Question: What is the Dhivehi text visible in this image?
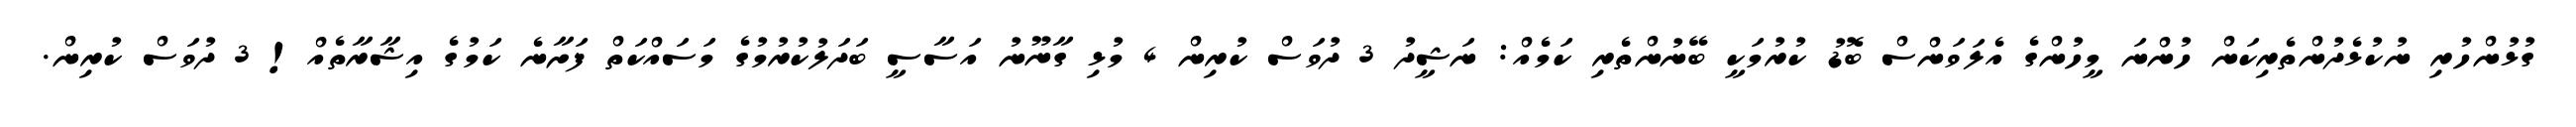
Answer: ގުޅުންހުރި ނުކުޅެދުންތެރިކަން ހުންނަ މީހުންގެ އެލަވަންސް ބޮޑު ކުރުމަކީ ބޭނުންތެރި ކަމެއް: ނަޝީދު 3 ދުވަސް ކުރިން 4 މުޅި ގާނޫނު އަސާސީ ބަދަލުކުރުމުގެ މަސައްކަތް ފަށާނެ ކަމުގެ އިޝާރާތެއް! 3 ދުވަސް ކުރިން.